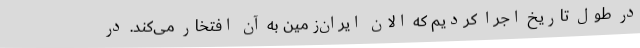
در طول تاریخ اجرا کردیم که الان ایران‌زمین به آن افتخار می‌کند. در